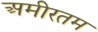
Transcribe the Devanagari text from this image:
अमीरतम